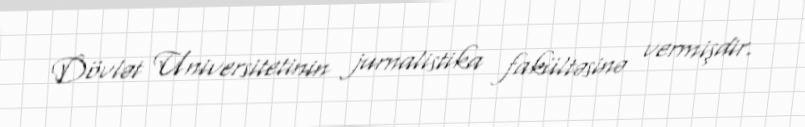
Dövlət Universitetinin jurnalistika fakültəsinə vermişdir.